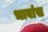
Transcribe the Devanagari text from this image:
भावांस